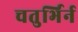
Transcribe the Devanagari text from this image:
चतुर्भिर्न